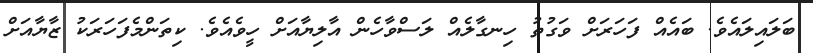
ބަލައިލައެވެ. ބައެއް ފަހަރަށް ވަގުތު ހިނގާލެއް ލަސްވާހެން އާލިޔާއަށް ހީވެއެވެ. ކިތަންމެފަހަރަކު ޒާޔާއަށް